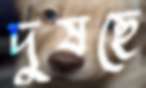
দুষছে